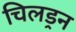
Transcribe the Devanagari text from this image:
चिलड्रन